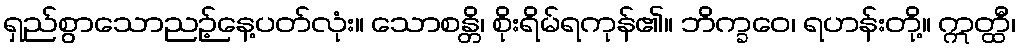
ရှည်စွာသောညဉ့်နေ့ပတ်လုံး။ သောစန္တိ၊ စိုးရိမ်ရကုန်၏။ ဘိက္ခဝေ၊ ရဟန်းတို့။ ဣတ္ထီ၊